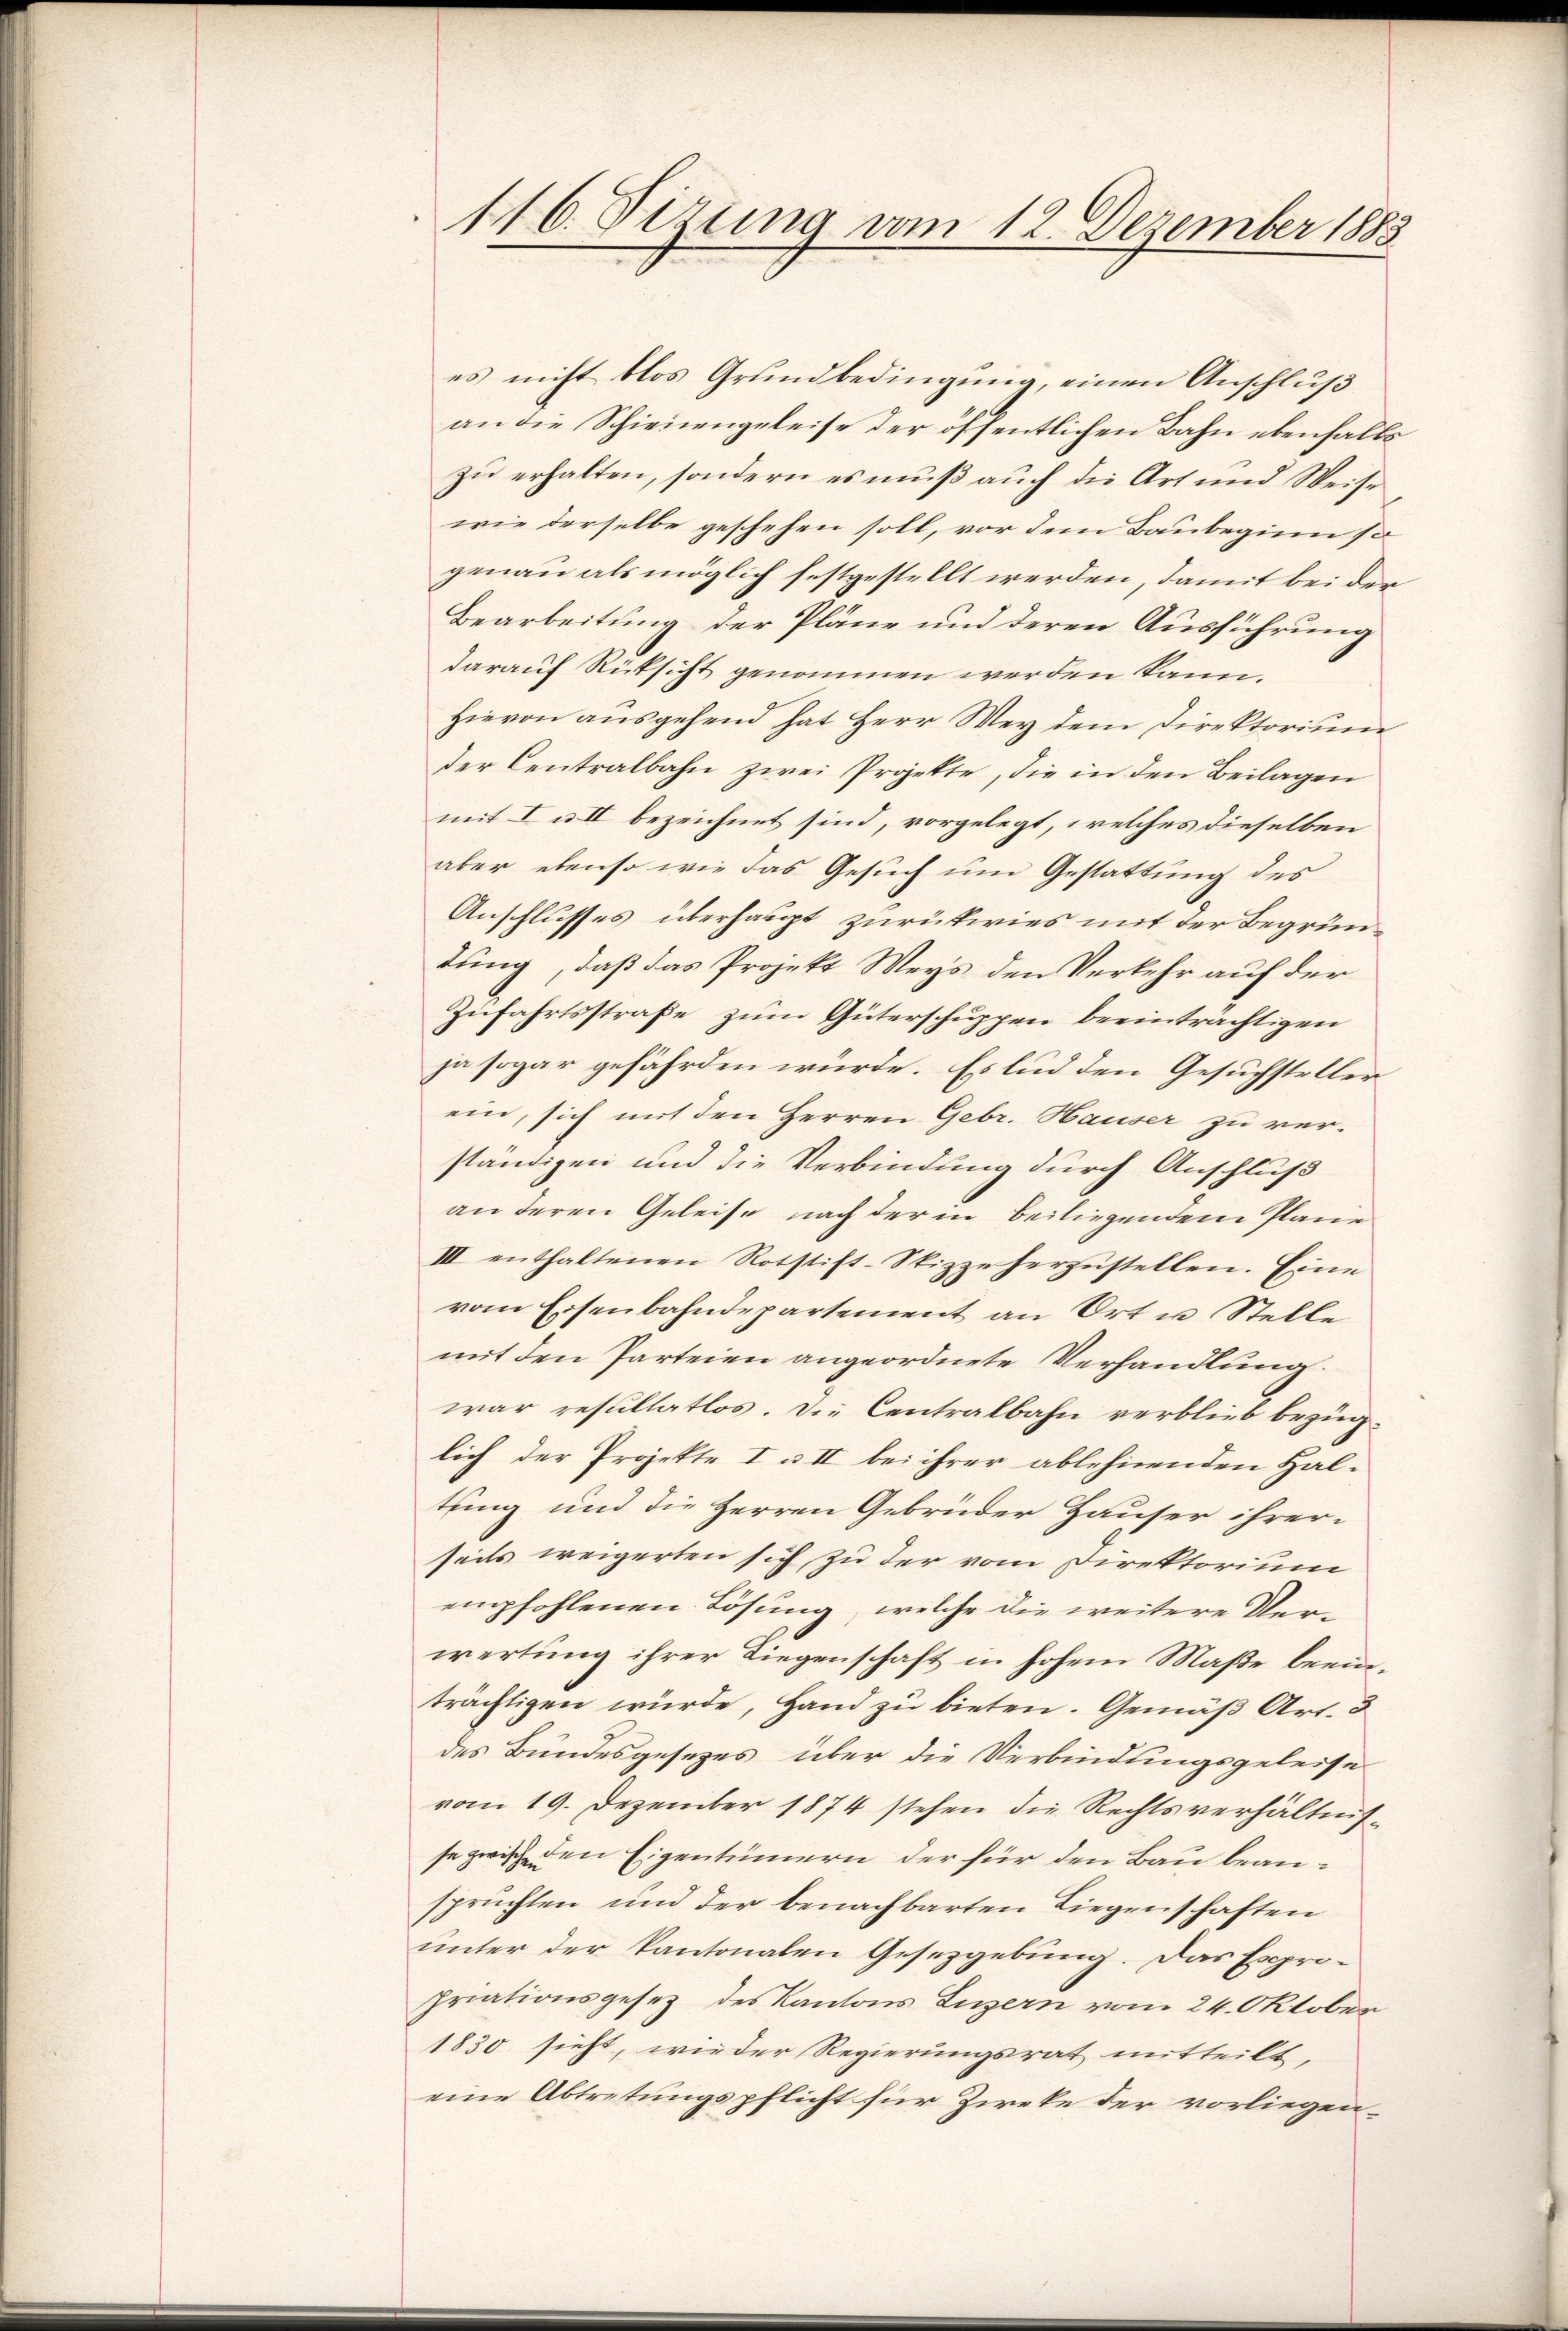
116. Sitzung vom 12. Dezember 1883

es nicht blos Grundbedingung, einen Anschluß
an die Schienengeleise der öffentlichen Bahn ebenfalls
zu erhalten, sondern es muß auch die Art und Weise
wie derselbe geschehen soll, vor dem Baubeginn so
genau als möglich festgestellt werden, damit bei der
Bearbeitung der Pläne und deren Ausführung
darauf Rücksicht genommen werden kann.
Hievon ausgehend hat Herr Wey dem Direktorium
der Centralbahn zwei Projekte, die in den Beilagen
mit I u. II bezeichnet sind, vorgelegt, welches dieselben
aber ebenso wie das Gesuch um Gestattung des
Anschlusses überhaupt zurückwies mit der Begründung, daß das Projekt Weys den Verkehr auf der
Zufahrtsstraße zum Güterschuppen beeinträchtigen
ja sogar gefährden würde. Es lud den Gesuchsteller
ein, sich mit den Herren Gebr. Hauser zu verständigen und die Verbindung durch Anschluß
an deren Geleise nach der in beiliegendem Plane
III enthaltenen Rotstift-Spizzeherzŭstellen. Eine
vom Eisenbahndepartement an Ort u Stelle
mit den Parteien angeordnete Verhandlung.
war resultatlos. Die Centralbahn verblieb bezüglich der Projekte I & II bei ihrer ablehnenden Hal-
tung und die Herren Gebrüder Hauser ihrer-
seits weigerten sich zu der vom Direktorium
empfohlenen Lösung, welche die weitere Verwertung ihrer Liegenschaft in hohem Maße beeinträchtigen würde, Hand zu bieten. Gemäß Art. 3
des Bundesgesezes über die Verbindungsgeleise
vom 19. Dezember 1874 stehen die Rechtsverhältnisse zwisch den Eigentümern der für den Bau beansprüchten und der benachbarten Liegenschaften
unter der kantonalen Gesetzgebung. Das Expropriationsgesetz des Kantons Luzern vom 24. Oktober
1830 sieht, wieder Regierungsrat mitteilt,
eine Abtretungspflicht für Zircke der vorliegen¬